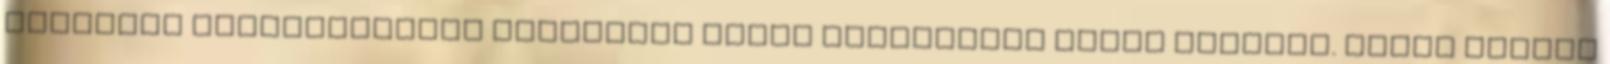
ráadásul csillagászati léptékben mérve viszonylag gyors ütemben. Akkor merült